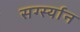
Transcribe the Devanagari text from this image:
सर्ग्स्यान